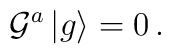
{\cal G}^a\,|g\rangle=0\,.